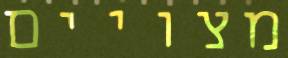
מצויים